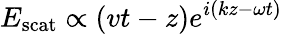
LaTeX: E_{\mathrm{scat}}\propto\left(vt-z\right)e^{i\left(kz-\omega t\right)}